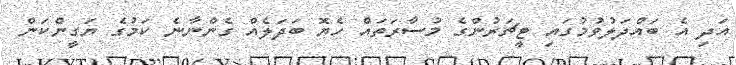
އަދި އެ ބައްދަލުވުމުގައި ޓީޗަރުންގެ މުސާރަތައް ހެޔޮ ބަދަލެއް ގެންނާނެ ކަމުގެ ޔަގީންކަން